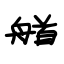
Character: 艏